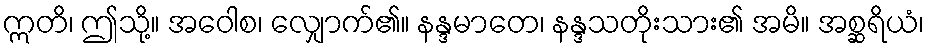
ဣတိ၊ ဤသို့။ အဝေါစ၊ လျှောက်၏။ နန္ဒမာတေ၊ နန္ဒသတိုးသား၏ အမိ။ အစ္ဆရိယံ၊